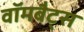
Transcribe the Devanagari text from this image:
वॉमबैट्स